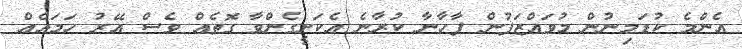
އެންމެ ކުޑަމިނުން މުވައްޒަފުން ފާހާނާ ކުރާނެ އެކަށީގެންވާ ގޮތެއް ވެސް އޭރު ހަމައެއް